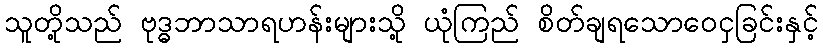
သူတို့သည် ဗုဒ္ဓဘာသာရဟန်းများသို့ ယုံကြည် စိတ်ချရသောဝေငှခြင်းနှင့်